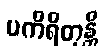
ပကိရိတုန္တိ